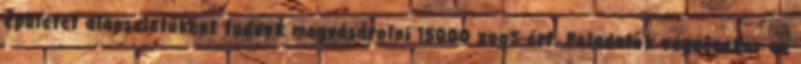
épületet alapszintűként tudunk megvásárolni 15000 zoo$-ért. Feladatok végzésekor az